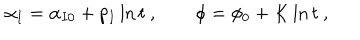
LaTeX: \alpha _ { I } = \alpha _ { I 0 } + p _ { I } \ln t \ , \qquad \phi = \phi _ { 0 } + K \ln t \ ,